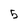
Character: 5